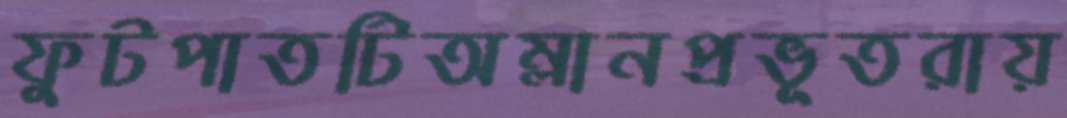
ফুটপাতটিঅম্লানপ্রভূতরায়